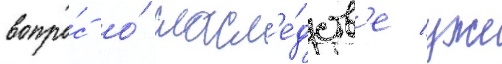
вопро́с о́ насл'е́дств'е уже